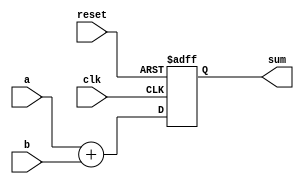
module example_module (
    input wire clk,          // Clock input
    input wire reset,        // Reset input
    input wire [3:0] a,     // 4-bit input signal a
    input wire [3:0] b,     // 4-bit input signal b
    output reg [4:0] sum    // 5-bit output signal for the sum
);

// Always block sensitive to the clock and reset signals
always @(posedge clk or posedge reset) begin
    if (reset) begin
        sum <= 5'b0;        // Reset the output to 0
    end else begin
        sum <= a + b;      // Non-blocking assignment for sum
    end
end

endmodule